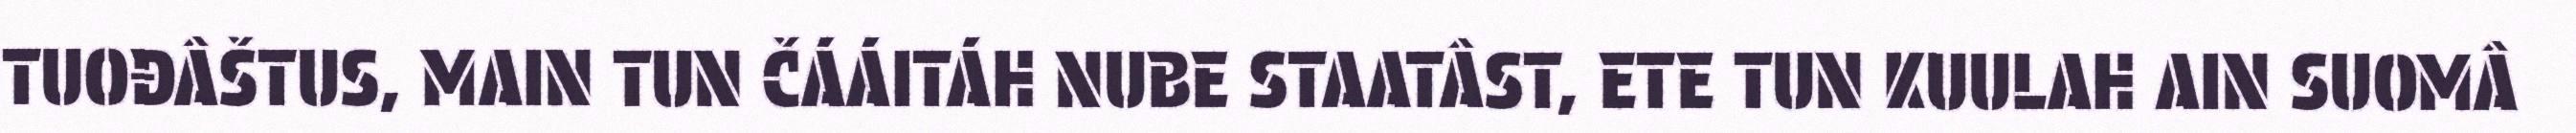
TUOĐÂŠTUS, MAIN TUN ČÁÁITÁH NUBE STAATÂST, ETE TUN KUULAH AIN SUOMÂ